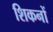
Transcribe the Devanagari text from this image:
शिकनों